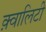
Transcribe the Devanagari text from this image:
क़्वालिटी